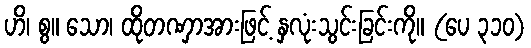
ဟိ၊ စွ။ သော၊ ထိုတဏှာအားဖြင့် နှလုံးသွင်းခြင်းကို။ (ပေ ၃၁၀)